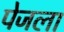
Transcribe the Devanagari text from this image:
पेजला